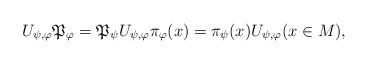
LaTeX: \begin{align*}U_{\psi,\varphi}\mathfrak{P}_{\varphi} = \mathfrak{P}_{\psi} U_{\psi,\varphi}\pi_\varphi(x) = \pi_\psi(x) U_{\psi,\varphi} (x\in M),\end{align*}